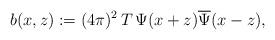
LaTeX: \begin{align*}b(x,z) := (4\pi)^2 \, T \, \Psi(x + z) \overline{\Psi}(x - z),\end{align*}